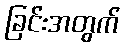
ခြင်းအတွက်